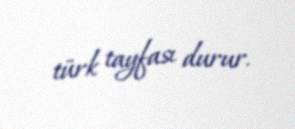
türk tayfası durur.